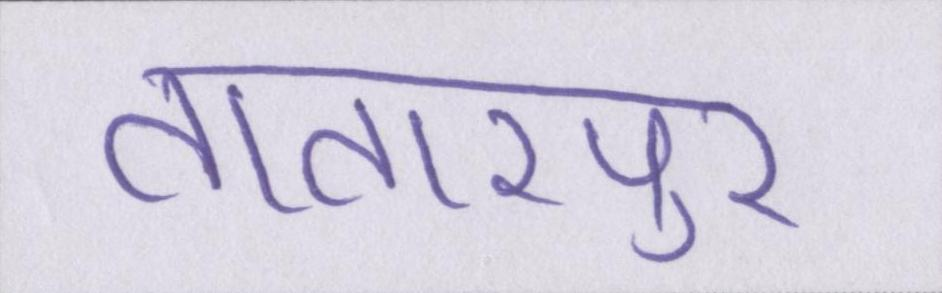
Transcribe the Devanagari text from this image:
तातारपुर